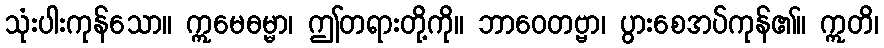
သုံးပါးကုန်သော။ ဣမေဓမ္မာ၊ ဤတရားတို့ကို။ ဘာဝေတဗ္ဗာ၊ ပွားစေအပ်ကုန်၏။ ဣတိ၊